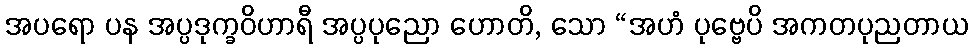
အပရော ပန အပ္ပဒုက္ခဝိဟာရီ အပ္ပပုညော ဟောတိ, သော “အဟံ ပုဗ္ဗေပိ အကတပုညတာယ